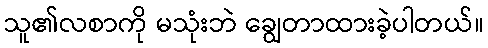
သူ၏လစာကို မသုံးဘဲ ချွေတာထားခဲ့ပါတယ်။